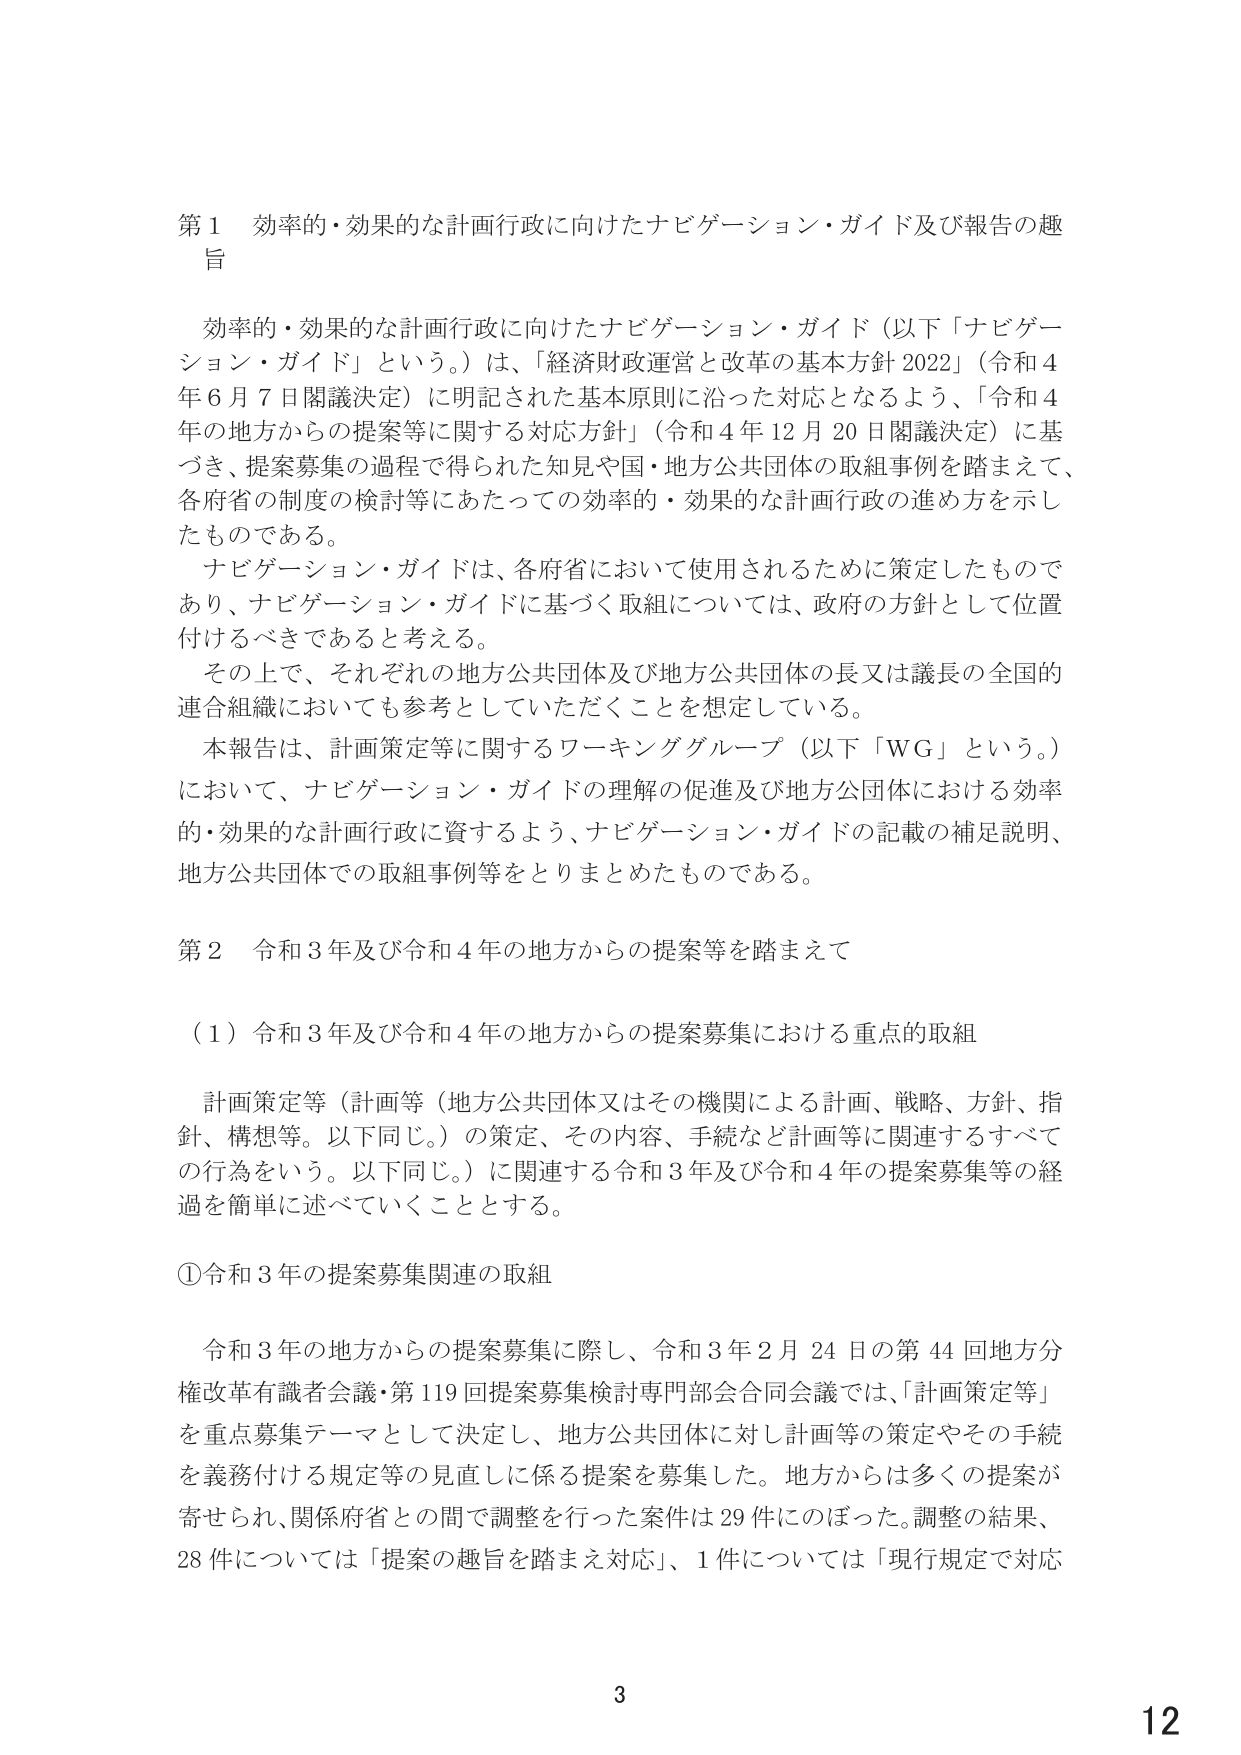
第１ 効率的・効果的な計画行政に向けたナビゲーション・ガイド及び報告の趣旨

効率的・効果的な計画行政に向けたナビゲーション・ガイド（以下「ナビゲーション・ガイド」という。）は、「経済財政運営と改革の基本方針2022」（令和4年6月7日閣議決定）に明記された基本原則に沿った対応となるよう、「令和4年の地方からの提案等に関する対応方針」（令和4年12月20日閣議決定）に基づき、提案募集の過程で得られた知見や国・地方公共団体の取組事例を踏まえて、各府省の制度の検討等にあたっての効率的・効果的な計画行政の進め方を示したものである。

ナビゲーション・ガイドは、各府省において使用されるために策定したものであり、ナビゲーション・ガイドに基づく取組については、政府の方針として位置付けるべきであると考える。

その上で、それぞれの地方公共団体及び地方公共団体の長又は議長の全国的連合組織においても参考としていただくことを想定している。

本報告は、計画策定等に関するワーキンググループ（以下「WG」という。）において、ナビゲーション・ガイドの理解の促進及び地方公団体における効率的・効果的な計画行政に資するよう、ナビゲーション・ガイドの記載の補足説明、地方公共団体での取組事例等をとりまとめたものである。

第２ 令和3年及び令和4年の地方からの提案等を踏まえて

（1）令和3年及び令和4年の地方からの提案募集における重点的取組

計画策定等（計画等（地方公共団体又はその機関による計画、戦略、方針、指針、構想等。以下同じ。）の策定、その内容、手続など計画等に関連するすべての行為をいう。以下同じ。）に関連する令和3年及び令和4年の提案募集等の経過を簡単に述べていくこととする。

①令和3年の提案募集関連の取組

令和3年の地方からの提案募集に際し、令和3年2月24日の第44回地方分権改革有識者会議・第119回提案募集検討専門部会合同会議では、「計画策定等」を重点募集テーマとして決定し、地方公共団体に対し計画等の策定やその手続を義務付ける規定等の見直しに係る提案を募集した。地方からは多くの提案が寄せられ、関係府省との間で調整を行った案件は29件にのぼった。調整の結果、28件については「提案の趣旨を踏まえ対応」、1件については「現行規定で対応

3
12